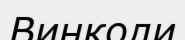
Винколи